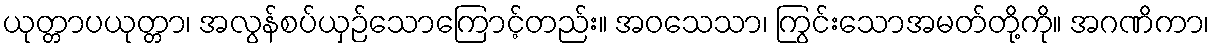
ယုတ္တာပယုတ္တာ၊ အလွန်စပ်ယှဉ်သောကြောင့်တည်း။ အဝသေသာ၊ ကြွင်းသောအမတ်တို့ကို။ အဂဏိကာ၊